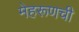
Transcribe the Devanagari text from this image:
मेहरूणची